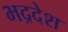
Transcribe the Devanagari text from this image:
भद्रदेश